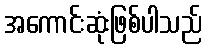
အကောင်းဆုံးဖြစ်ပါသည်